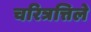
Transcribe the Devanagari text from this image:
चरित्रत्तिले